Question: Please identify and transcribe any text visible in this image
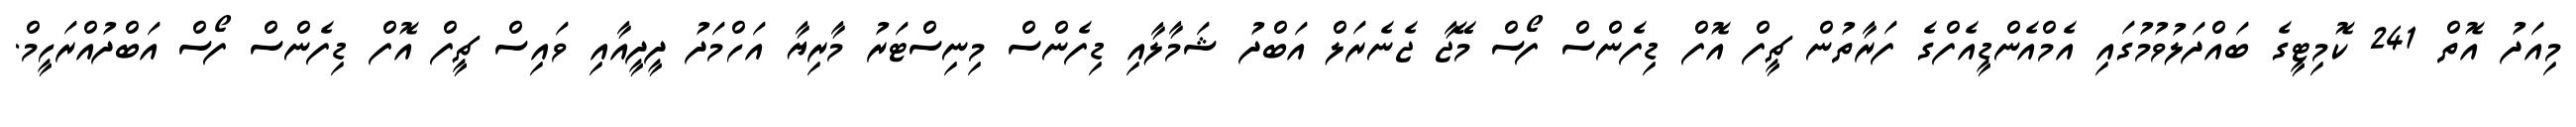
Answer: މިއަދު އޮތް 241 ކޮމިޓީގެ ބައްދަލުވުމުގައި އެމްއެންޑީއެފްގެ ފަރާތުން ޗީފް އޮފް ޑިފެންސް ފޯސް މޭޖާ ޖެނެރަލް އަބްދު ޝަމާލާއި ޑިފެންސް މިނިސްޓަރު މާރިޔާ އަހްމަދު ދީދީއާއި ވައިސް ޗީފް އޮފް ޑިފެންސް ފޯސް އަބްދުއްރަހީމް.